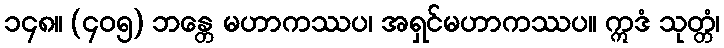
၁၄၈။ (၄၀၅) ဘန္တေ မဟာကဿပ၊ အရှင်မဟာကဿပ။ ဣဒံ သုတ္တံ၊